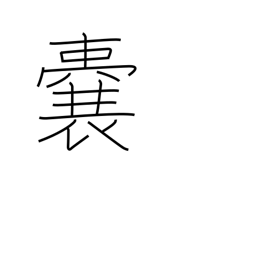
Meaning: purse